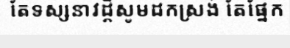
តែទស្សនាវដ្តីសូមដកស្រង់ តែផ្នែក